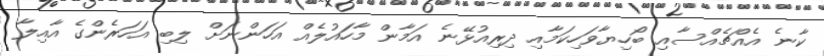
ކާނެ އެއްޗެއްސާއި ބޯހިޔާވަހިކަމާއި ދިރިއުޅޭނެ އަމާން މާހައުލެއް އަހަންނަށް ލިބި އަހަރެންގެ އާއިލާ